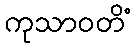
ကုသာဝတိံ